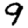
Digit: 9